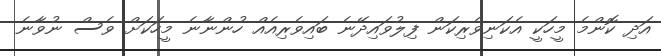
އަދި ކޮންމެ މީހަކީ އެކަނިވެރިކަން ފިލުވައިދޭނެ ބައިވެރިއެއް ހުންނާނެ މީހަކަށް ވެސް ނުވާނެ